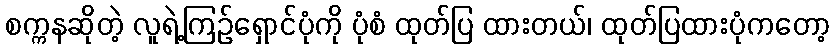
စက္ကနဆိုတဲ့ လူရဲ့ကြဉ်ရှောင်ပုံကို ပုံစံ ထုတ်ပြ ထားတယ်၊ ထုတ်ပြထားပုံကတော့